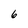
Character: 6